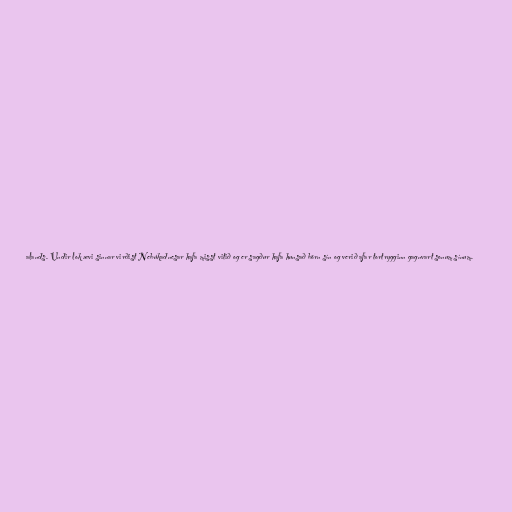
alands. Undir lok ævi sinnar virðist Nebúkadnesar hafa misst vitið og er sagður hafa hunsað börn sín og verið afar tortrygginn gagnvart sonum sínum.